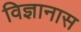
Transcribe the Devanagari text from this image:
विज्ञानास